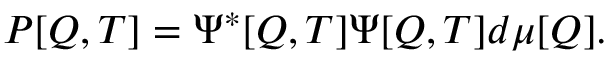
{ \cal P } [ Q , T ] = \Psi ^ { * } [ Q , T ] \Psi [ Q , T ] d \mu [ Q ] .